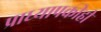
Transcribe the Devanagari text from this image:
प्राध्यापकीही